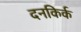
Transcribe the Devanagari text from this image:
दनकिर्क